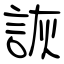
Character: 詼